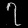
Digit: ၇